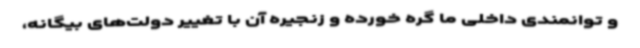
و توانمندی داخلی ما گره خورده و زنجیره آن با تغییر دولت‌های بیگانه،